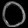
Digit: ၀